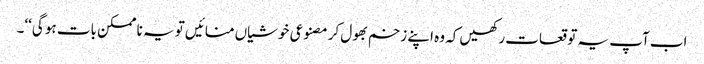
اب آپ یہ توقعات رکھیں کہ وہ اپنے زخم بھول کر مصنوعی خوشیاں منائیں تو یہ نا ممکن بات ہو گی‘‘۔